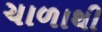
ચાળાથી